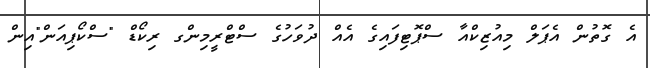
އެ ގޮތުން އެޕަލް މިއުޒިކްއާ ސްޕޮޓިފައިގެ އެއް ދުވަހުގެ ސްޓްރީމިންގ ރިކޯޑް "ސްކޯޕިއަން"އިން